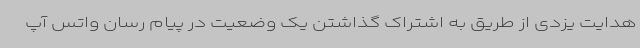
هدایت یزدی از طریق به اشتراک گذاشتن یک وضعیت در پیام رسان واتس آپ